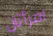
امرأتان